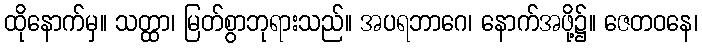
ထိုနောက်မှ။ သတ္ထာ၊ မြတ်စွာဘုရားသည်။ အပရဘာဂေ၊ နောက်အဖို့၌။ ဇေတဝနေ၊